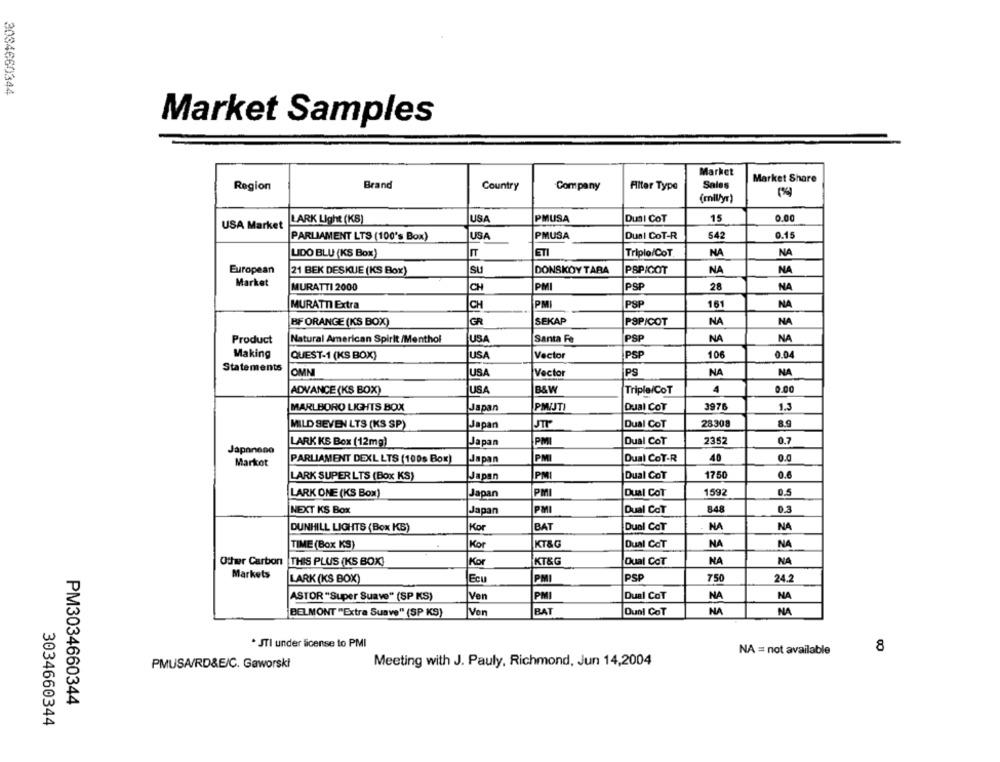
3034660344
Market Samples
Market
Sales
Market Share
Region
Brand
Country
Company
Alter Type
(mll/yr)
LARK Light (KS)
USA
PMUSA
Duni CoT
15
0.00
USA Market
PARLIAMENT LTS (100's Box)
USA
PMUSA
Dual CoT-R
542
0.15
ETI
NA
NA
LIDO BLU (KS Box)
IT
Triple/CoT
European
21 BEK DESKUE (KS Box)
Su
DONSKOY TARA
PSPICOT
NA
NA
Market
MURATTI 2000
CH
PM
PSP
28
NA
MURATTI Extra
CH
PMI
PSP
161
NA
GR
SEKAP
PSP/COT
NA
NA
BF ORANGE (KS BOX)
Product
Natural American Spirit /Menthol
USA
Santa Fe
PSP
NA
NA
Making
QUEST-1 (KS BOX)
USA
Vector
PSP
106
0.04
Statements
OMN
USA
Vector
PS
NA
NA
USA
4
0.00
ADVANCE (KS BOX)
B&W
Triple/CoT
MARLBORO LIGHTS BOX
Japan
PMIJTI
Dual CoT
3976
1.3
MILD SEVEN LTS (KS SP)
Japan
STP
Dual CoT
28308
3.9
LARK KS Box (12mg)
Japan
PMI
Dual CoT
2352
0.7
Japonene
Japan
PM
Dual CoT-R
40
0.0
Markot
PARLIAMENT DEXL LTS (100s Box)
LARK SUPER LTS (Box KS)
Japan
IPMI
Dual CoT
1750
0.6
LARK ONE (KS Box)
Japan
PMI
Dual CoT
1592
0.5
NEXT KS Box
Japan
PM
Dual CoT
848
0.3
Kor
BAT
Dual Cor
NA
NA
DUNHILL LIGHTS (Box KB)
TIME (Box KS)
Kor
KT&G
Dual CoT
NA
NA
Other Carbon THIS PLUS (KS BOX)
Kor
KT&G
Qual CoT
NA
NA
Markets
LARK (KS BOX)
Ecu
PM
PSP
750
24.2
PMI
Dual CoT
NA
NA
ASTOR "Super Suave" (SP KS)
Ven
BAT
BELMONT "Extra Suave" (SP KS)
Ven
Duni CoT
NA
NA
* JTI under license to PMI
8
NA = not available
Meeting with J. Pauly, Richmond, Jun 14,2004
PMUSA/RD&E/C. Gaworski
PM3034660344
3034660344